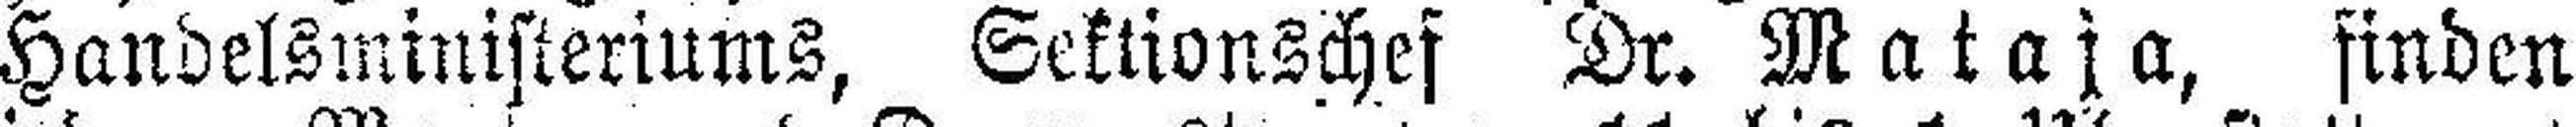
Handelsministeriums, Sektionschef Dr. Mataja, finden